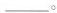
___。